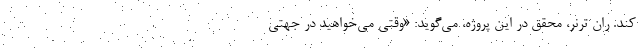
کند. ران ترنر، محقق در این پروژه، می‌گوید: «وقتی می‌خواهید در جهتی